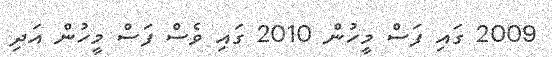
2009 ގައި ފަސް މީހުން 2010 ގައި ވެސް ފަސް މީހުން އަދި